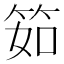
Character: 筎